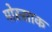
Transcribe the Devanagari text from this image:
मोस्साक